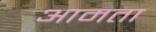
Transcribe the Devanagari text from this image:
आमता